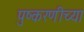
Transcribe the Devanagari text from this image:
पुष्करणीच्या